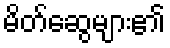
မိတ်ဆွေများ၏